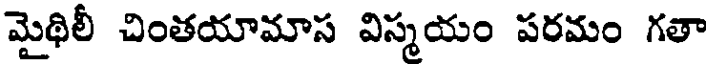
మైథిలీ చింతయామాస విస్మయం పరమం గతా